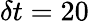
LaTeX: \delta t=20